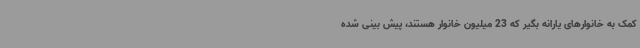
کمک به خانوارهای یارانه بگیر که 23 میلیون خانوار هستند، پیش بینی شده‌